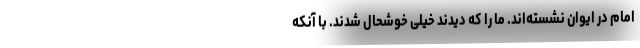
امام در ایوان نشسته‌اند. ما را که دیدند خیلی خوشحال شدند. با آنکه